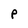
Character: P